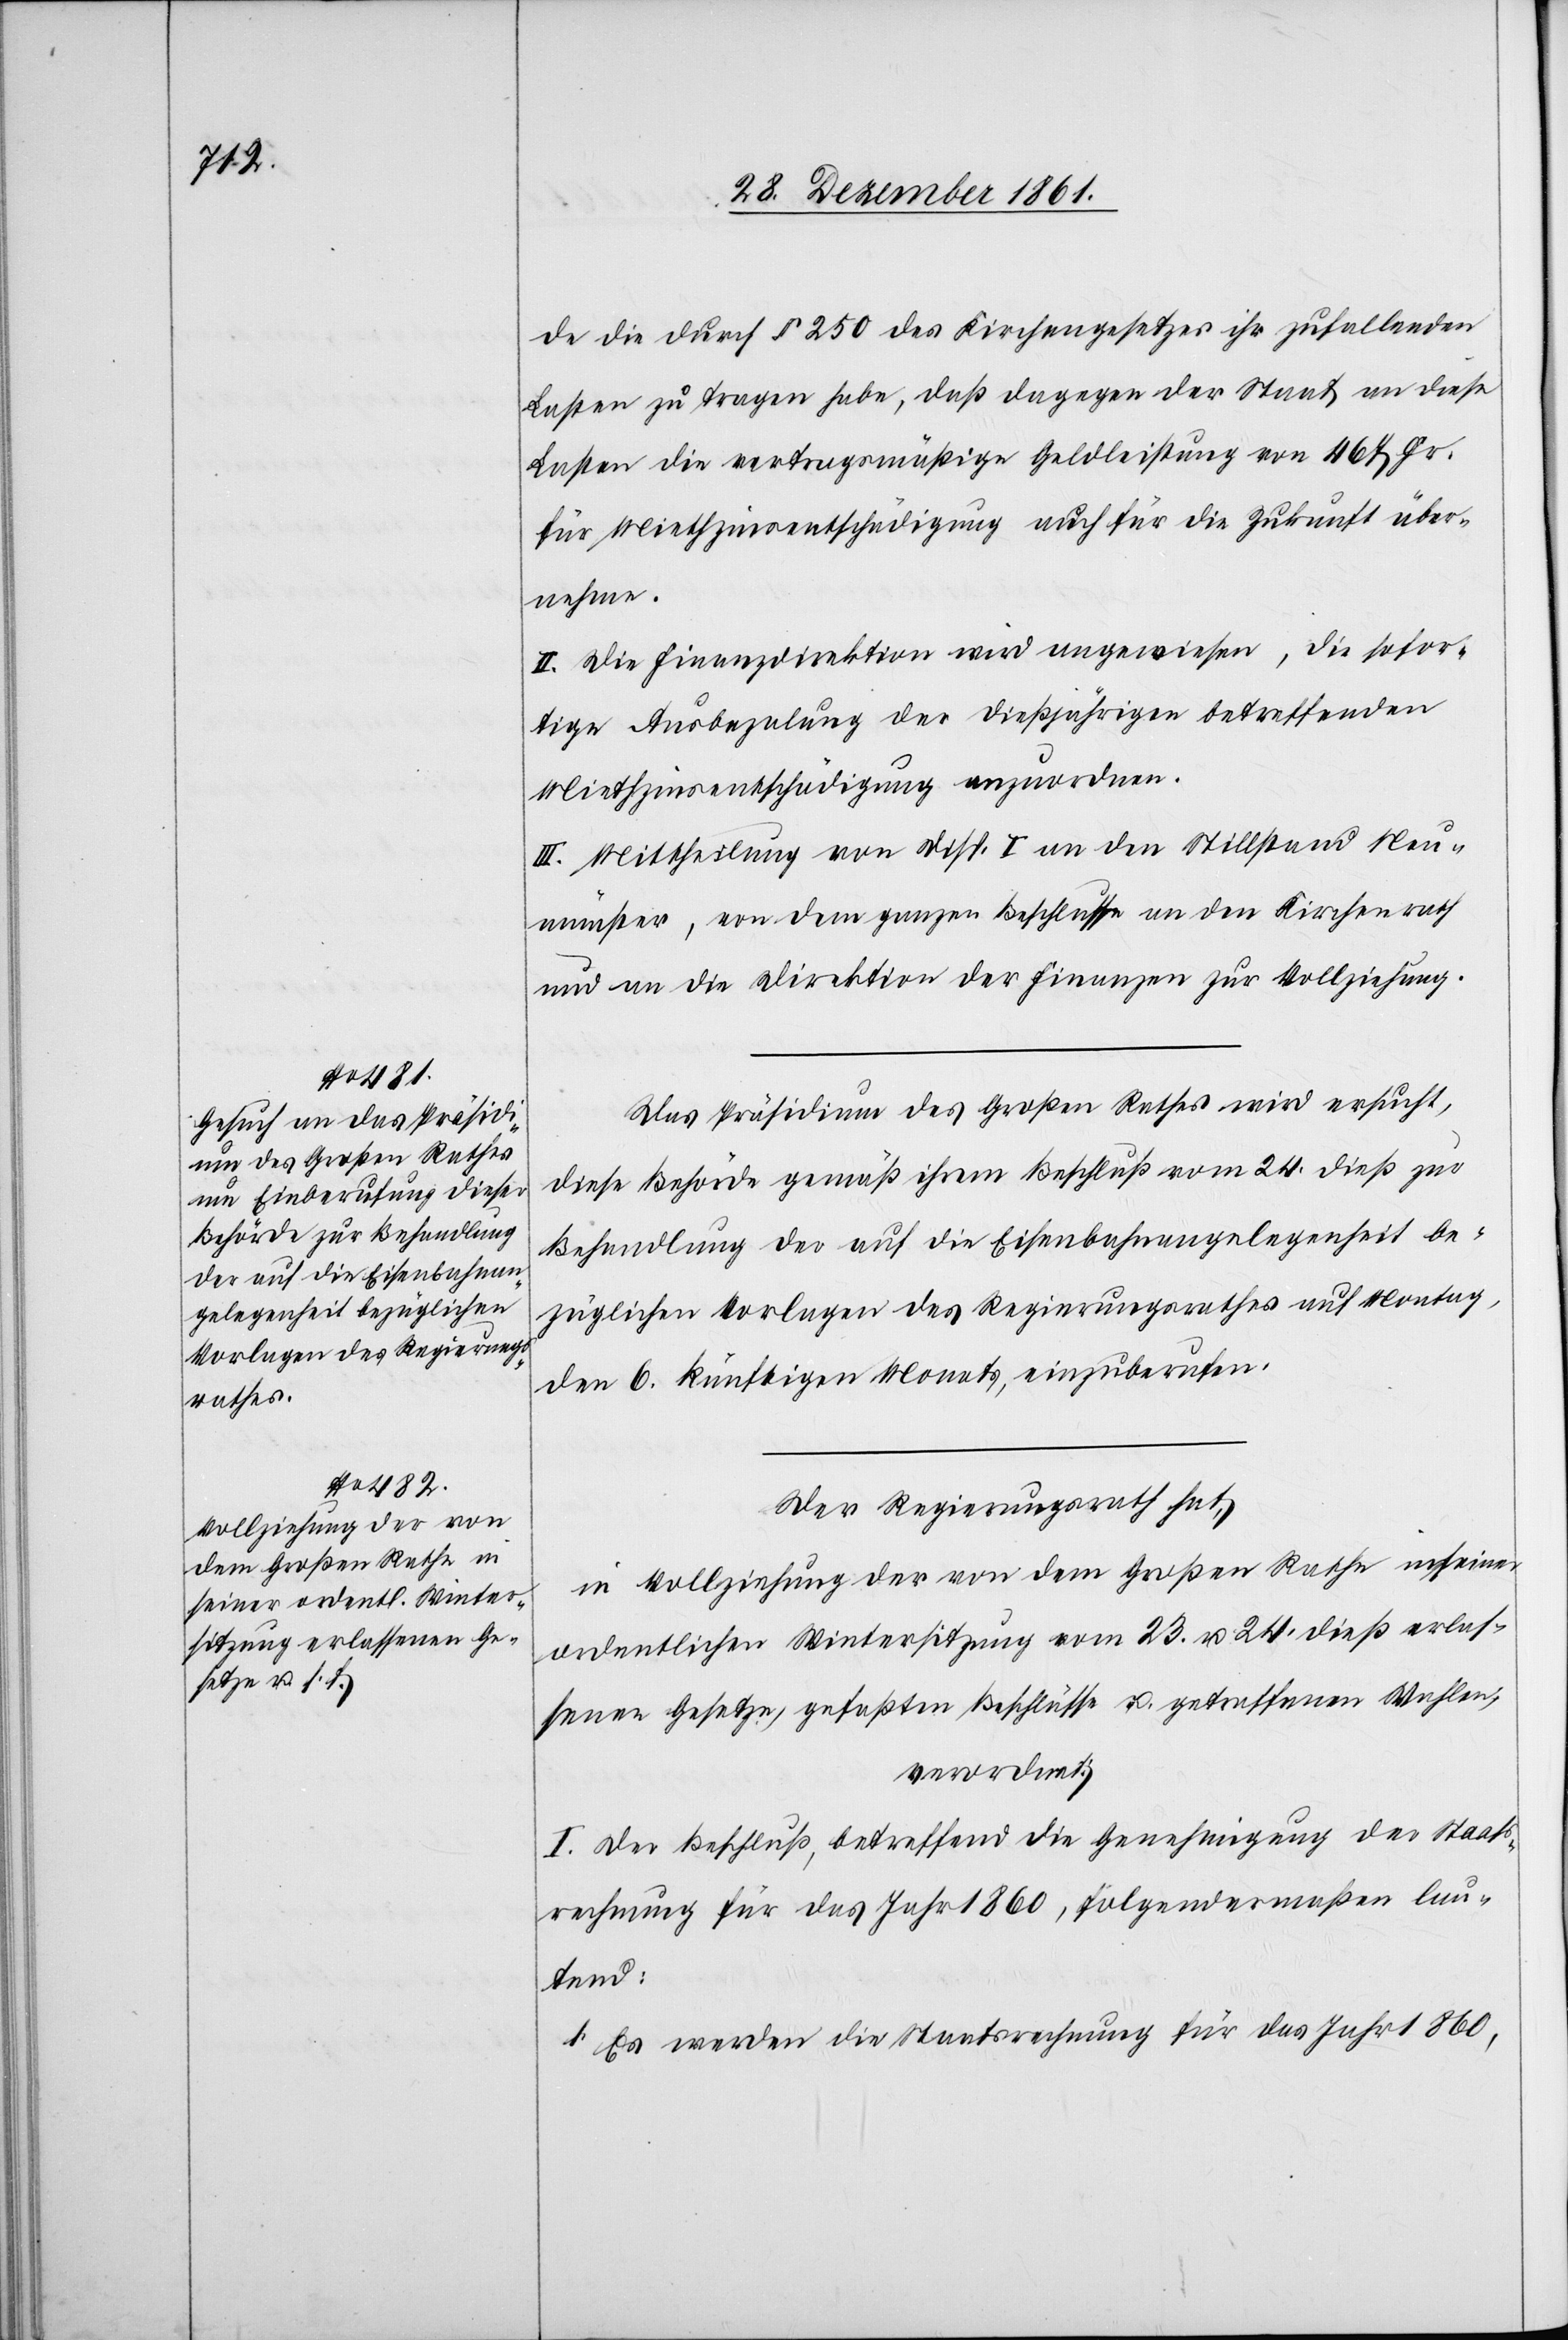
de die durch § 250 des Kirchengesetzes ihr zufallenden
Lasten zu tragen habe, daß dagegen der Staat an diese
Lasten die vertragsmäßige Geldleistung von 467 Fr.
für Miethzinsentschädigung auch für die Zukunft über¬
nehme.
II. Die Finanzdirektion wird angewiesen, die sofor¬
tige Ausbezalung der dießjährigen betreffenden
Miethzinsentschädigung anzuordnen.
III. Mittheilung von Disp. I an den Stillstand Neu¬
münster, von dem ganzen Beschlusse an den Kirchenrath
und an die Direktion der Finanzen zur Vollziehung.
Das Präsidium des Großen Rathes wird ersucht,
diese Behörde gemäß ihrem Beschluß vom 24 dieß zur
Behandlung der auf die Eisenbahnangelenheit be¬
züglichen Vorlagen des Regierungsrathes auf Montag,
den 6 künftigen Monats, einzuberufen.
Der Regierungsrath hat,
in Vollziehung der von dem Großen Rathe in seiner
ordentlichen Wintersitzung vom 23 u. 24 dieß erlas¬
senen Gesetze, gefaßten Beschlüsse u. getroffenen Wahlen,
verordnet:
I. Den Beschluß, betreffend die Genehmigung der Staats¬
rechnung für das Jahr 1860, folgendermaßen lau¬
tend:
1. Es werden die Staatsrechnung für das Jahr 1860,